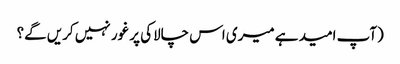
(آپ امید ہے میری اس چالاکی پر غور نہیں کریں گے؟